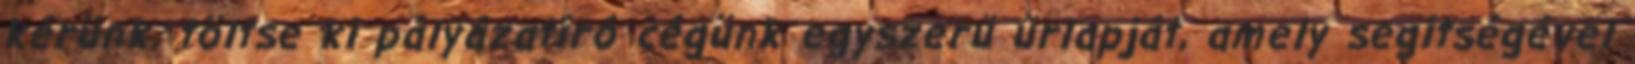
kérünk, töltse ki pályázatíró cégünk egyszerű űrlapját, amely segítségével